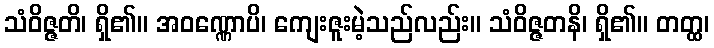
သံဝိဇ္ဇတိ၊ ရှိ၏။ အဝဏ္ဏောပိ၊ ကျေးဇူးမဲ့သည်လည်း။ သံဝိဇ္ဇတနိ၊ ရှိ၏။ တတ္ထ၊